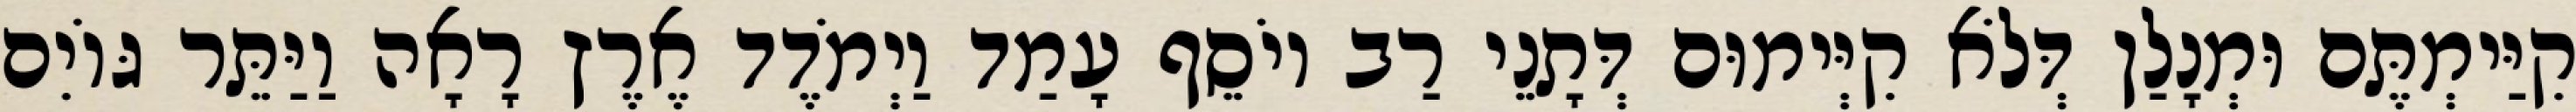
קִיַּימְתֶּם וּמְנָלַן דְּלֹא קִיְּימוּם דְּתָנֵי רַב יוֹסֵף עָמַד וַיְמֹדֶד אֶרֶץ רָאָה וַיַּתֵּר גּוֹיִם